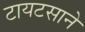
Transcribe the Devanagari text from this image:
टायटसाने